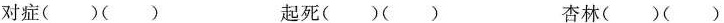
对症()() 起死()() 杏林()()